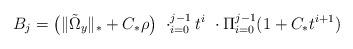
LaTeX: \begin{align*}B_j = \big(\Vert \tilde{\Omega}_y \Vert_* + C_* \rho\big)\ \cdot ^{j-1}_{i=0} t^{i} \ \cdot \Pi^{j-1}_{i=0} (1+ C_* t^{i+1})\end{align*}